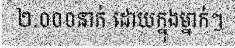
២.០០០នាក់ ដោយក្នុងម្នាក់ៗ